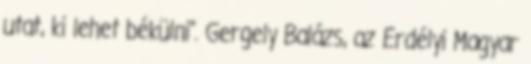
utat, ki lehet békülni”. Gergely Balázs, az Erdélyi Magyar